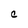
Character: C